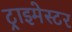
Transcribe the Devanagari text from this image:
ट्राइमेस्टर